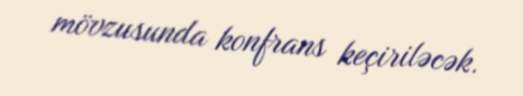
mövzusunda konfrans keçiriləcək.